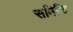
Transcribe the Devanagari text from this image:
समिष्टि